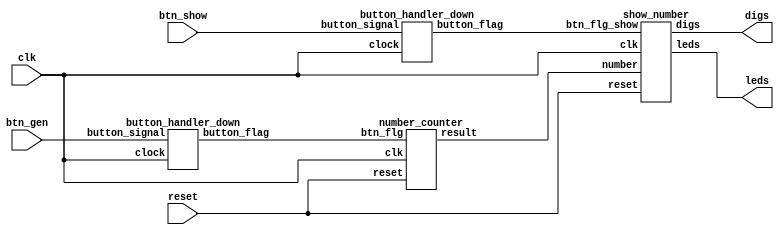
`timescale 1ns/1ns

module main(
	input clk, 
	input reset, 
	input btn_show,
	input btn_gen,
	output [7:0]  leds,
	output [13:0] digs
);

wire btn_flg_show;
wire btn_flg_gen;
wire [255:0] number;

button_handler_down btn_handler_down_show (
	.clock(clk),
	.button_signal(btn_show),
	.button_flag(btn_flg_show)
);
button_handler_down btn_handler_down_gen (
	.clock(clk),
	.button_signal(btn_gen),
	.button_flag(btn_flg_gen)
);
number_counter number_counter(
	.clk(clk),
	.reset(reset),
	.btn_flg(btn_flg_gen),
	.result(number)
);
show_number show_number (
	.clk(clk),
	.reset(reset),
	.number(number),
	.btn_flg_show(btn_flg_show),
	.leds(leds),
	.digs(digs)
);

endmodule
//==============================================================
module show_number (
	input clk, 
	input reset, 
	input [255:0] number,
	input btn_flg_show,
	output [7:0] leds,
	output [13:0] digs
);
reg [5:0]  state;
reg [7:0]  leds_cp;

assign leds = leds_cp[7:0];

always @(posedge clk) begin
	if (reset) begin
		state <= 6'b0;
		leds_cp <= 8'b0;
	end
	else if (btn_flg_show) begin
		if (state == 6'd32) state <= 6'b0;
		state <= state + 1'b1;
	end
end

genvar Gi;
generate 	
	for(Gi = 0; Gi < 32; Gi = Gi + 1) begin: gen_show_i
		always @(posedge btn_flg_show) begin
			if (Gi == state) begin
				leds_cp <= number[Gi*8+7:Gi*8];
			end
		end
	end
endgenerate

hex2digit_hex hex2digit_hex_l(
	.hex({3'b0, state[4:4]}),
	.digit(digs[13:7])
);
hex2digit_hex hex2digit_hex_r(
	.hex(state[3:0]),
	.digit(digs[6:0])
);

endmodule
//==============================================================
module mod_multiplier
#(
	parameter SIZE=16,
	parameter MOD=40633
)
(
	input [SIZE-1:0] x,
	input clk,
	output [SIZE-1:0] out
);

reg [SIZE:0] tmp;
assign out = tmp[SIZE-1:0];

integer i;

always @(posedge clk)
begin
	tmp = {SIZE {1'b0}};
	for (i = SIZE-1; i >= 0; i = i - 1) begin
		tmp = tmp << 1'b1;
		if (tmp >= MOD) tmp = tmp - MOD;
		if (x[i]) tmp = tmp	+ x;
		if (tmp >= MOD) tmp = tmp -  MOD;
	end
end
endmodule
//==============================================================
module number_counter
#(
	parameter SIZE=256
)
(
	input clk,
	input reset,
	input btn_flg,
	output [SIZE-1:0] result
);
reg [15:0] seed;
reg [SIZE-1:0] number;
reg [9:0] bcounter;
wire [15:0] temporary;
reg [0:0] flg;

integer j;

assign result = number;

always @(posedge clk) begin
	if (reset) begin
		bcounter = {9 {1'b0}};
		seed     = 16'd884;
		number   = {SIZE {1'b0}};
	end else begin
		if (btn_flg) flg <= 1'b1;
		seed <= temporary;
		if (flg) begin
			if (bcounter != SIZE<<1) begin
				bcounter <= bcounter + 1'b1;
				if (bcounter[0] == 1'b1)
					number <= (number << 1) | (seed[0]);
			end else begin
				bcounter <= 9'b0;
				flg <= 1'b0;
			end
		end
	end
end

mod_multiplier mod_multiplier (
	.x(seed),
	.clk(clk),	
	.out(temporary)
);

endmodule
//==============================================================
module hex2digit_hex
#(
	parameter INVERT = 1
)
(
	input	wire	[3:0]	hex,
	output	wire	[6:0]	digit
);

	wire [6:0] temp;
	assign temp =  ({7{hex == 4'h0}} & 7'b1000000 |
					{7{hex == 4'h1}} & 7'b1111001 |
					{7{hex == 4'h2}} & 7'b0100100 |
					{7{hex == 4'h3}} & 7'b0110000 |
					{7{hex == 4'h4}} & 7'b0011001 |
					{7{hex == 4'h5}} & 7'b0010010 |
					{7{hex == 4'h6}} & 7'b0000010 |
					{7{hex == 4'h7}} & 7'b1111000 |
					{7{hex == 4'h8}} & 7'b0000000 |
					{7{hex == 4'h9}} & 7'b0010000 |
					{7{hex == 4'hA}} & 7'b0001000 |
					{7{hex == 4'hB}} & 7'b0000011 | 
					{7{hex == 4'hC}} & 7'b1000110 |
					{7{hex == 4'hD}} & 7'b0100001 | 
					{7{hex == 4'hE}} & 7'b0000110 |
					{7{hex == 4'hF}} & 7'b0001110);

	assign digit = (INVERT) ? temp : ~temp;
endmodule
//==============================================================
module button_handler_down
#(
	parameter INVERT = 1
)
(
	input	[0:0]	clock,
	input	[0:0]	button_signal,
	output	[0:0]	button_flag
);

reg [0:0] temp_1;
reg [0:0] temp_2;

always @(posedge clock)
begin
	temp_1 <= button_signal ^ INVERT;
	temp_2 <= temp_1; 
end

	assign button_flag = (~temp_2) & temp_1;
endmodule
//==============================================================
module test();

reg  clk;
reg  reset;
reg  btn_gen;
reg  btn_show;
reg  [7:0] led;
reg  [15:0] dig;

initial
begin
	#1 clk = 1'b0;
	#1 reset = 1'b0;
end

always #1 clk = ~clk;
initial #3 reset = 1'b1;
initial #4 reset = 1'b0;
initial #100 btn_gen = 1'b1;
initial #150 btn_gen = 1'b0;

initial #1500 btn_gen = 1'b1;
initial #1550 btn_gen = 1'b0;

initial begin 
	#1250 btn_show = 1'b1;
	#50  btn_show = 1'b0;
	#50  btn_show = 1'b1;
	#50  btn_show = 1'b0;
	#50  btn_show = 1'b1;
	#50  btn_show = 1'b0;
	#50  btn_show = 1'b1;
	#50  btn_show = 1'b0;
	#50  btn_show = 1'b1;
	#50  btn_show = 1'b0;
	#50  btn_show = 1'b1;
	#50  btn_show = 1'b0;
	#50  btn_show = 1'b1;
	#50  btn_show = 1'b0;
	#50  btn_show = 1'b1;
	#50  btn_show = 1'b0;
	#50  btn_show = 1'b1;
	#50  btn_show = 1'b0;
	#50  btn_show = 1'b1;
	#50  btn_show = 1'b0;
end

main main
(
	.reset(reset),
	.clk(clk), 
	.btn_show(btn_show),
	.btn_gen(btn_gen),
	.leds(),
	.digs()
);

//initial #1500 $finish;

endmodule